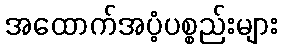
အထောက်အပံ့ပစ္စည်းများ